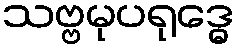
သဗ္ဗမုပရုဒ္ဓေ